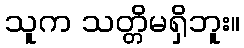
သူက သတ္တိမရှိဘူး။